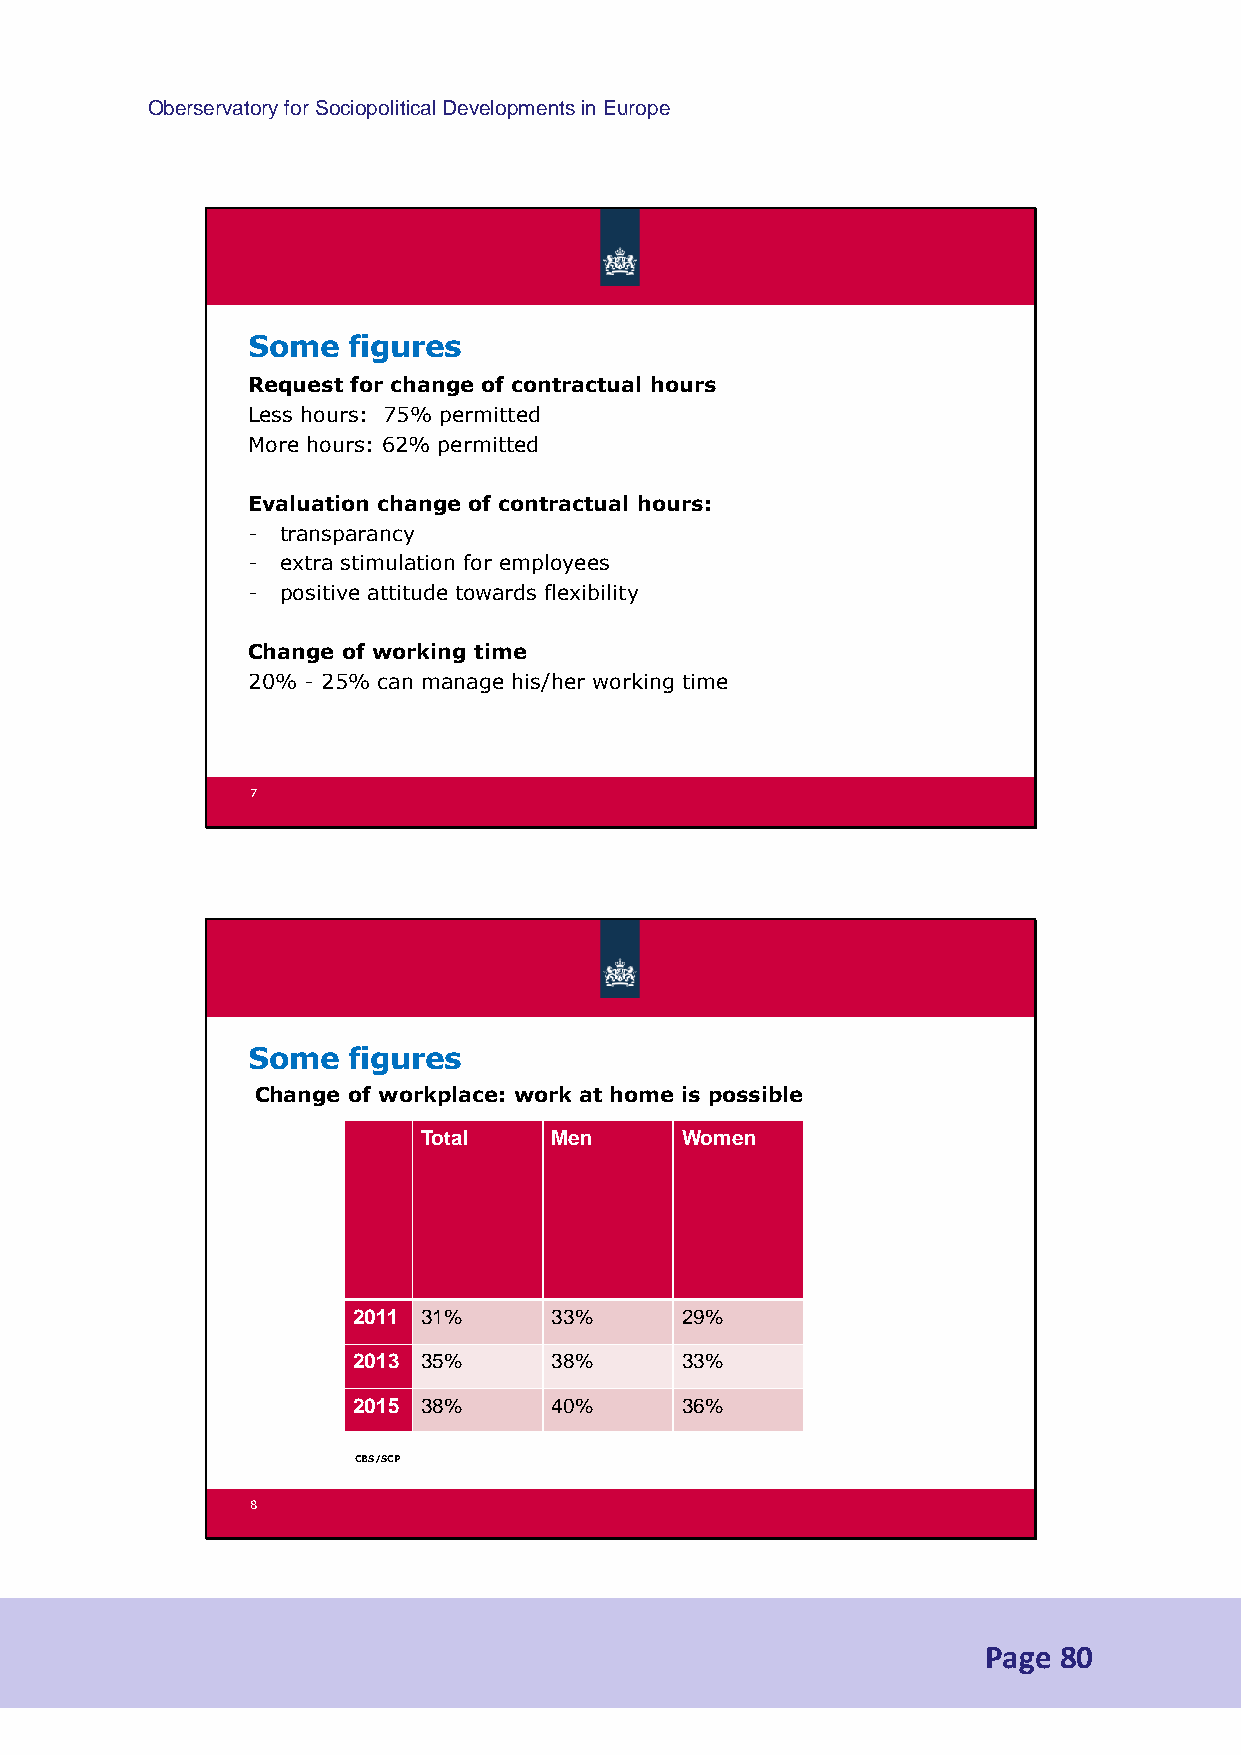
Oberservatory for Sociopolitical Developments in Europe
 Some   figures
 Request for change of contractual hours
 Less hours: 75% permitted
 More hours: 62% permitted
 Evaluation change of contractual hours:
 -  transparancy
 -  extra stimulation for employees
 -  positive attitude towards flexibility
 Change of working time
 20% - 25% can manage his/her working time
 7
 Some   figures
 Change of workplace: work at home is possible
 Total   Men      Women
 2011 31%     33%      29%
 2013 35%     38%      33%
 2015 38%     40%      36%
 CBS/SCP
 8
 Page 80